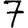
Digit: 7